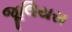
જૂલિયસ